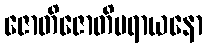
ဇောတိဇောတိပရာယနော